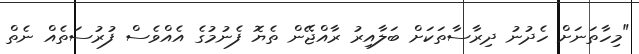
"މިހާތަނަށް ހެދުނު ދިރާސާތަކަށް ބަލާއިރު ރާއްޖޭން ތެޔޮ ފެނުމުގެ އެއްވެސް ފުރުސަތެއް ނެތް